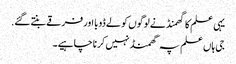
یہی علم کا گهمنڈ نے لوگوں کو لے ڈوبا اور فرقے بنتے گئے.
جی ہاں علم پہ گھمنڈ نہیں کرنا چاہیے۔